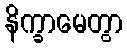
နိက္ခာမေတွာ